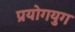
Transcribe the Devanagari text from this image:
प्रयोगयुग